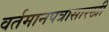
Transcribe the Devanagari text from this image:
वर्तमानपत्रासारखी